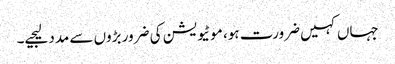
جہاں کہیں ضرورت ہو، موٹیویشن کی ضرور بڑوں سے مدد لیجیے۔